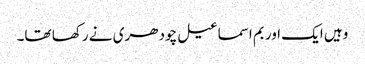
وہیں ایک اور بم اسماعیل چودھری نے رکھا تھا۔